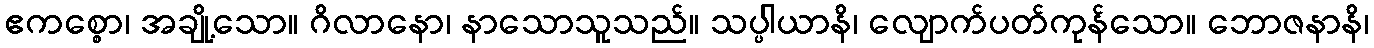
ဧကစ္စော၊ အချို့သော။ ဂိလာနော၊ နာသောသူသည်။ သပ္ပါယာနိ၊ လျောက်ပတ်ကုန်သော။ ဘောဇနာနိ၊